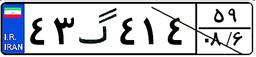
۴۳گ۴۱۴۵۹